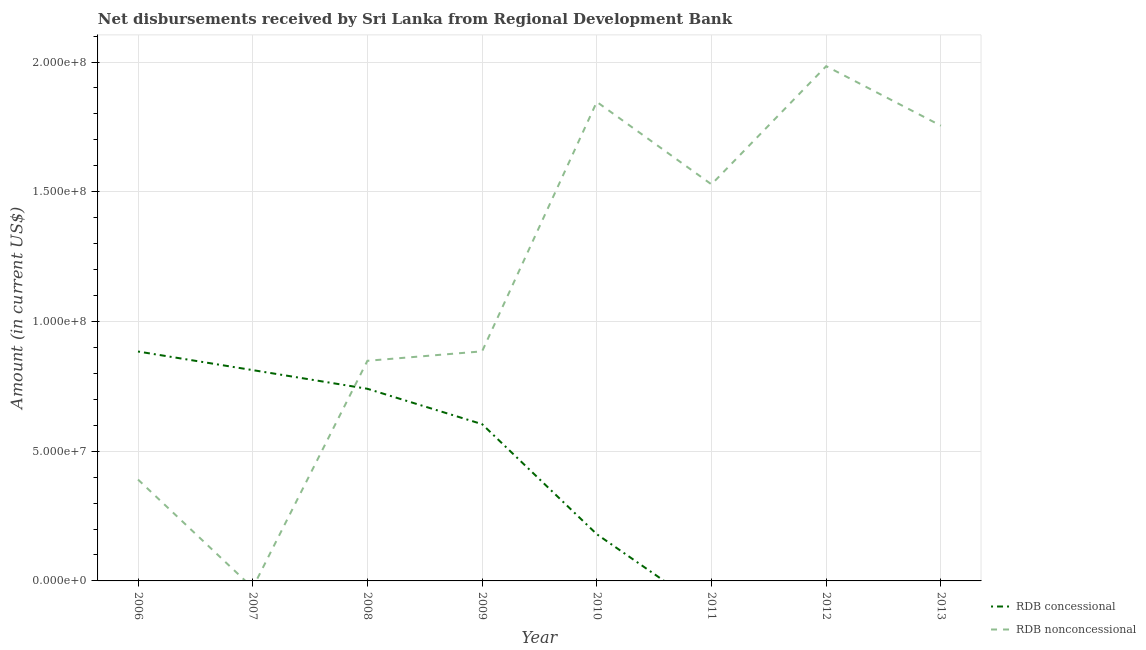
| Year | RDB concessional | RDB nonconcessional |
 | --- | --- | --- |
 | 2006 | 8.84e+07 | 3.91e+07 |
 | 2007 | 8.13e+07 | -2.65e+06 |
 | 2008 | 7.41e+07 | 8.48e+07 |
 | 2009 | 6.04e+07 | 8.85e+07 |
 | 2010 | 1.8e+07 | 1.85e+08 |
 | 2011 | -1.27e+07 | 1.53e+08 |
 | 2012 | -4.04e+07 | 1.98e+08 |
 | 2013 | -4.3e+07 | 1.75e+08 |